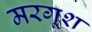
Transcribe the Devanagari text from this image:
मरगूश